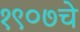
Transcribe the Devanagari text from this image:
१९०७चे